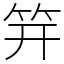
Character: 笄